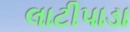
લાટીપાડા